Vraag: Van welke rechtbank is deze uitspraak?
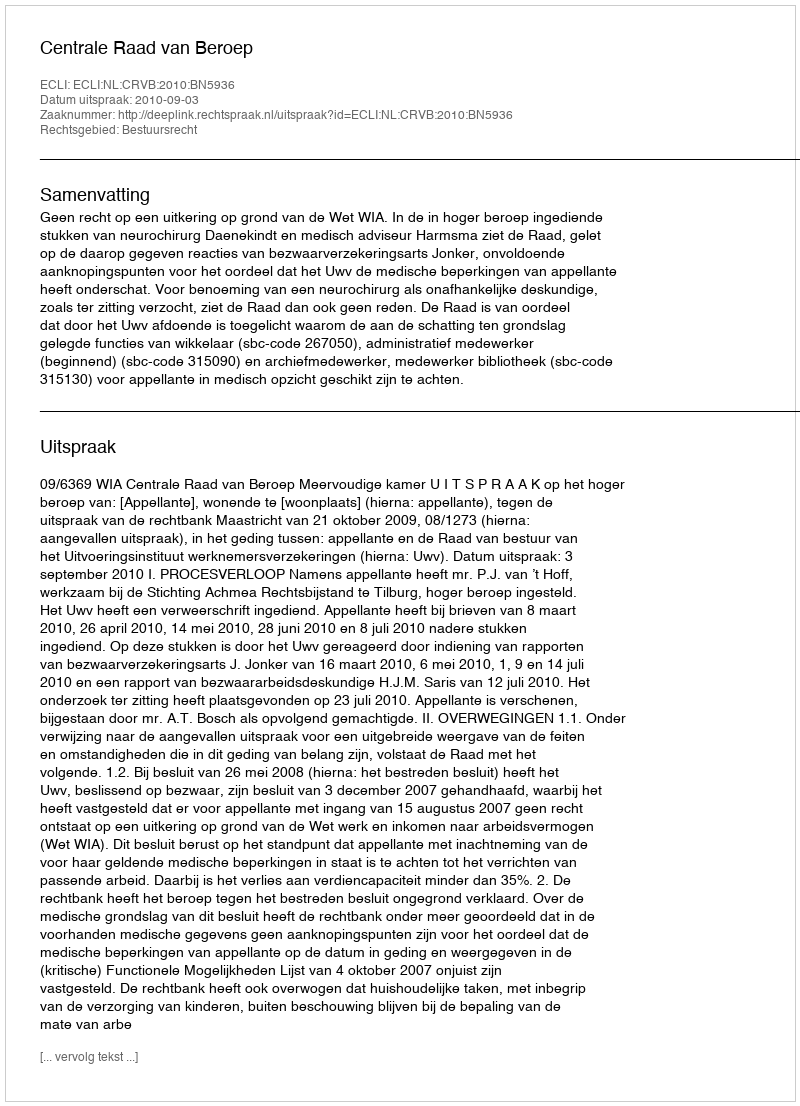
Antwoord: Centrale Raad van Beroep